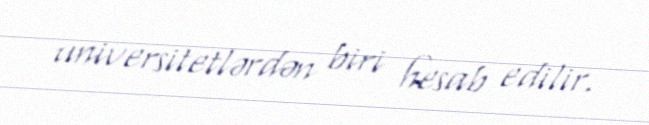
universitetlərdən biri hesab edilir.